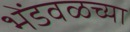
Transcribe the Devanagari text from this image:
भेंडवळच्या